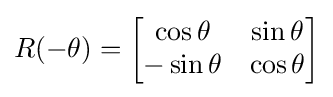
R(-\theta )={\begin{bmatrix}\cos \theta &\sin \theta \\-\sin \theta &\cos \theta \\\end{bmatrix}}